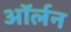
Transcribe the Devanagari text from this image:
ऑर्लन